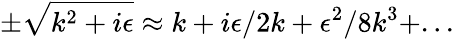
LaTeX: \pm\sqrt{k^{2}+i\epsilon}\approx k+i\epsilon/2k+\epsilon^{2}/8k^{3}+...